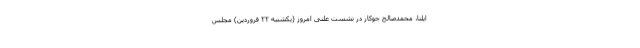
ایلنا، محمدصالح جوکار در نشست علنی امروز (یکشنبه ۲۲ فروردین) مجلس